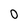
Character: 0